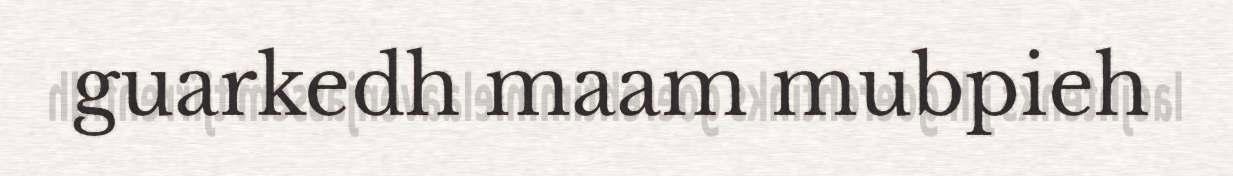
guarkedh maam mubpieh